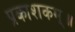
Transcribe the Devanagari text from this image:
प्रकाशकम्॥